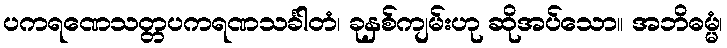
ပကရဏေသတ္တပကရဏသင်္ခါတံ၊ ခုနှစ်ကျမ်းဟု ဆိုအပ်သော။ အဘိဓမ္မံ၊